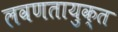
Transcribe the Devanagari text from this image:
लवणतायुक्त